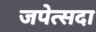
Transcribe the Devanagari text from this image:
जपेत्सदा